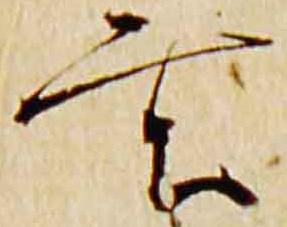
玄